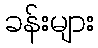
ခန်းများ